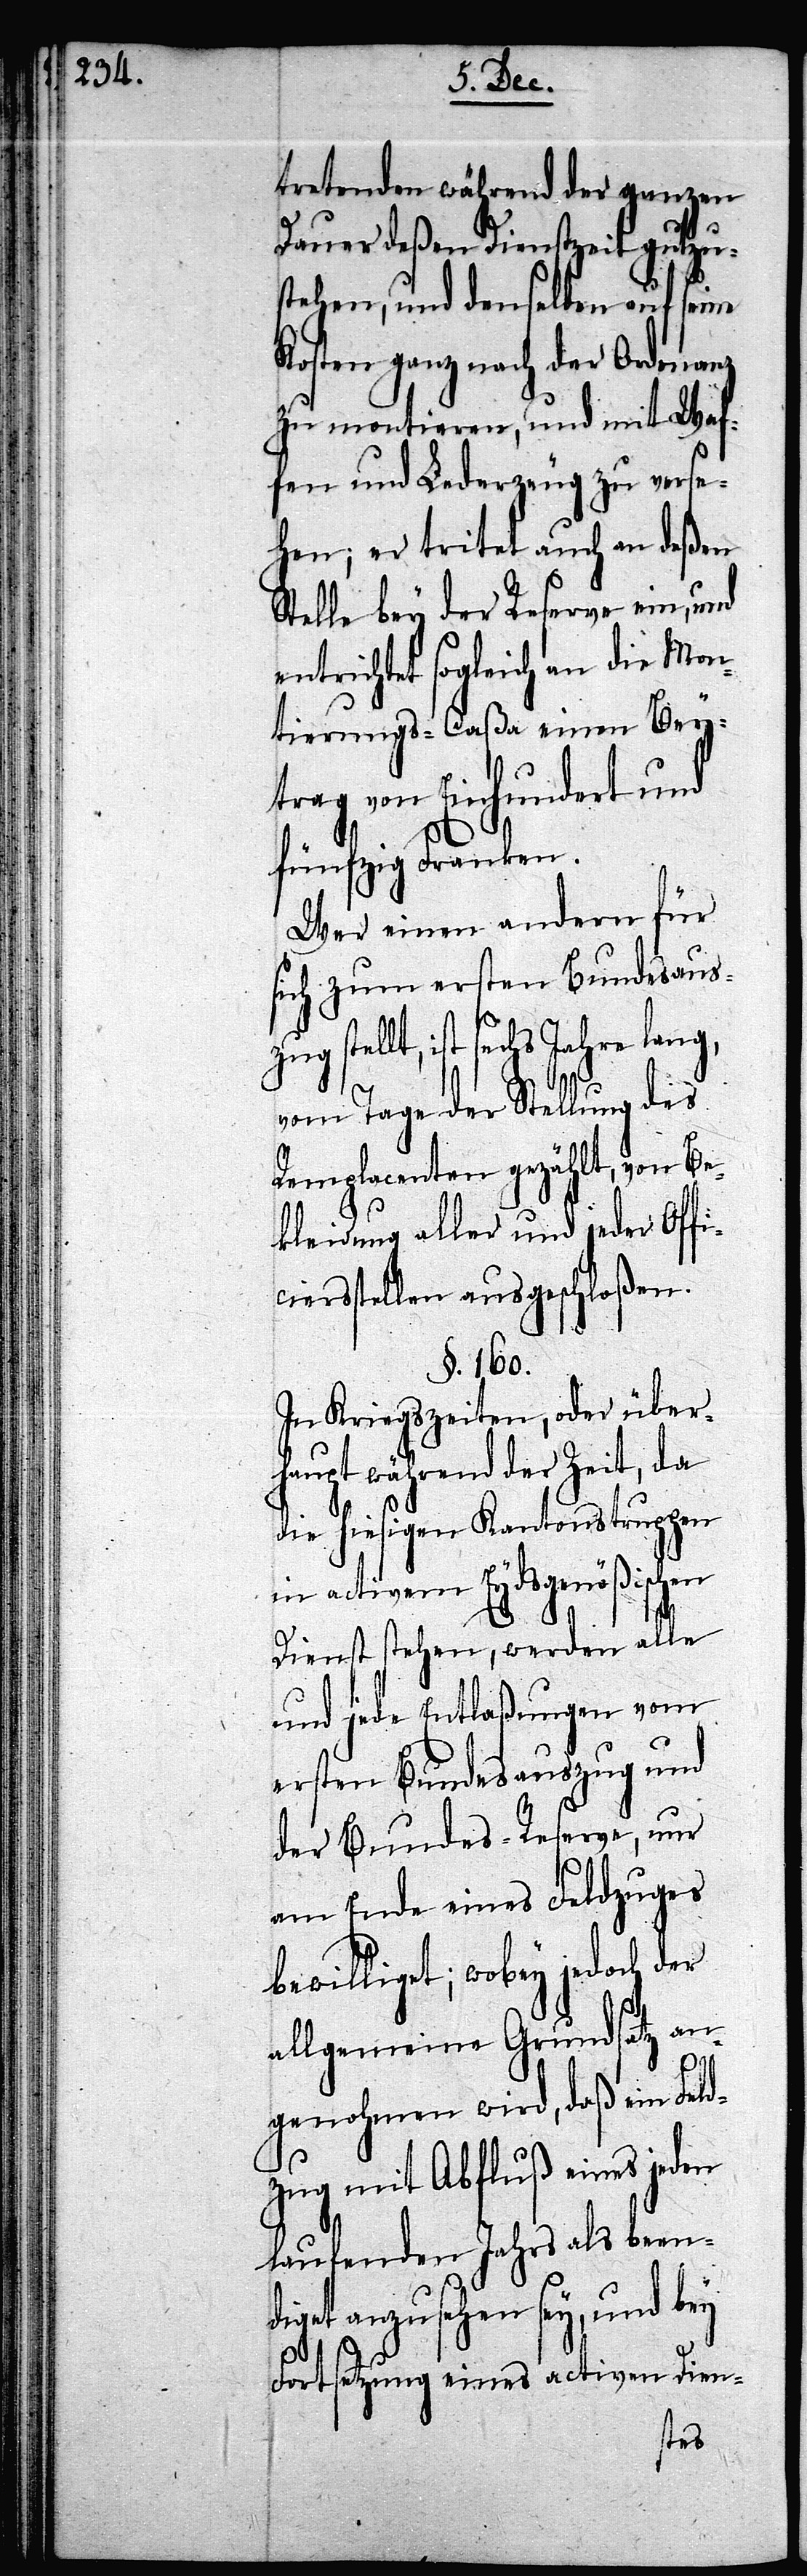
tretenden während der ganzen
Dauer deßen Dienstzeit gutzu¬
stehen, und denselben auf seine
Kosten ganz nach der Ordonanz
zu montieren, und mit Waf¬
fen und Lederzeug zu verse¬
hen; er tritet auch an deßen
Stelle bey der Reserve ein, und
entrichtet sogleich an die Mon¬
tierungs-Caßa einen Bey¬
trag von Einhundert und
fünfzig Franken.
Wer einen andern für
sich zum ersten Bundesaus¬
zug stellt, ist sechs Jahre lang,
vom Tage der Stellung des
Remplacenten gezählt, von Be¬
kleidung aller und jeder Offi¬
ciersstellen ausgeschloßen.
§. 160.
In Kriegszeiten, oder über¬
haupt während der Zeit, da
die hiesigen Kantonstruppen
in activem Eydsgenößischen
Dienst stehen, werden alle
und jede Entlaßungen vom
ersten Bundesauszug und
der Bundes-Reserve, nur
am Ende eines Feldzuges
bewilligt; wobey jedoch der
allgemeine Grundsatz an¬
genohmen wird, daß ein Feld¬
zug mit Abfluß eines jeden
laufenden Jahrs als been¬
diget anzusehen sey, und bey
Fortsetzung eines activen Dien-